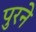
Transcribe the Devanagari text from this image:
पुरने